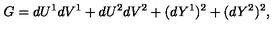
G = d U ^ { 1 } d V ^ { 1 } + d U ^ { 2 } d V ^ { 2 } + ( d Y ^ { 1 } ) ^ { 2 } + ( d Y ^ { 2 } ) ^ { 2 } ,